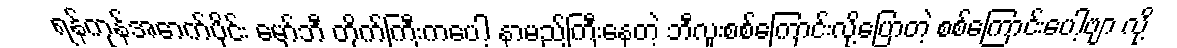
ရန်ကုန်အောက်ပိုင်း မှော်ဘီ တိုက်ကြီးကပေါ့ နာမည်ကြီးနေတဲ့ ဘီလူးစစ်ကြောင်းလို့ပြောတဲ့ စစ်ကြောင်းပေါ့ဗျာ လို့